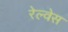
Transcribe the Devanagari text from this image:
रेल्वेस